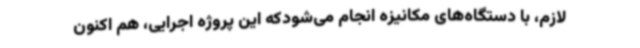
لازم، با دستگاه‌های مکانیزه انجام می‌شودکه این پروژه اجرایی، هم اکنون